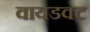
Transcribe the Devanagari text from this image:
वायडक्ट